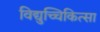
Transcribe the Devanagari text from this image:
विद्युच्चिकित्सा